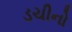
ડચીનો